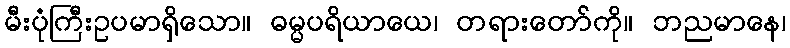
မီးပုံကြီးဥပမာရှိသော။ ဓမ္မပရိယာယေ၊ တရားတော်ကို။ ဘညမာနေ၊